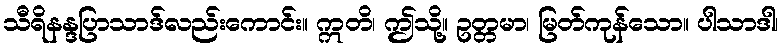
သီရိနန္ဒပြာသာဒ်လည်းကောင်း။ ဣတိ၊ ဤသို့။ ဥတ္တမာ၊ မြတ်ကုန်သော။ ပါသာဒါ၊